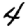
Digit: 4